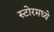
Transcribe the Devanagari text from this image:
स्टोरमध्ये